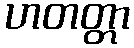
ဟတတ္တာ